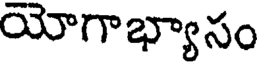
యోగాభ్యాసం